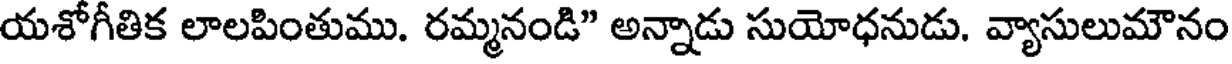
యశోగీతిక లాలపింతుము. రమ్మనండి" అన్నాడు సుయోధనుడు. వ్యాసులుమౌనం